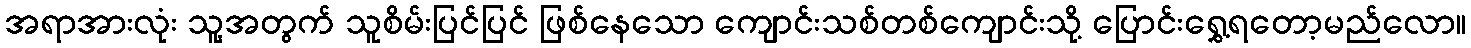
အရာအားလုံး သူ့အတွက် သူစိမ်းပြင်ပြင် ဖြစ်နေသော ကျောင်းသစ်တစ်ကျောင်းသို့ ပြောင်းရွှေ့ရတော့မည်လော။